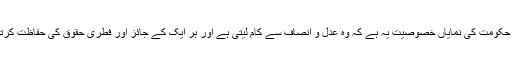
اسلامی حکومت کی نمایاں خصوصیت یہ ہے کہ وہ عدل و انصاف سے کام لیتی ہے اور ہر ایک کے جائز اور فطری حقوق کی حفاظت کرتی ہے ۔